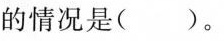
的情况是()。